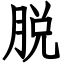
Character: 脱